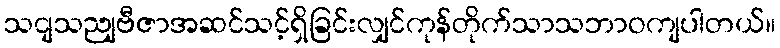
သငျသညျဗီဇာအဆင်သင့်ရှိခြင်းလျှင်ကုန်တိုက်သာသဘာဝကျပါတယ်။